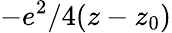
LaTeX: -e^{2}/4(z-z_{0})